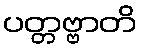
ပတ္တဗ္ဗာတိ